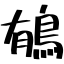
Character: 䳑